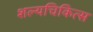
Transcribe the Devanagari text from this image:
शल्यचिकित्स